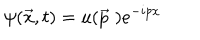
\psi ( \vec { x } , t ) = u ( \vec { p } \; ) e ^ { - i p x }